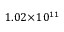
1 . 0 2 \! \times \! 1 0 ^ { 1 1 }